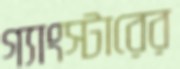
গ্যাংস্টারের